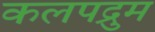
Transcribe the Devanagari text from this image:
कलपद्रुम